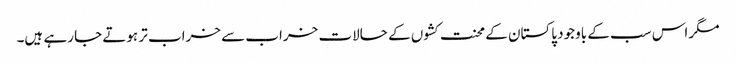
مگر اس سب کے باوجود پاکستان کے محنت کشوں کے حالات خراب سے خراب تر ہوتے جا رہے ہیں۔